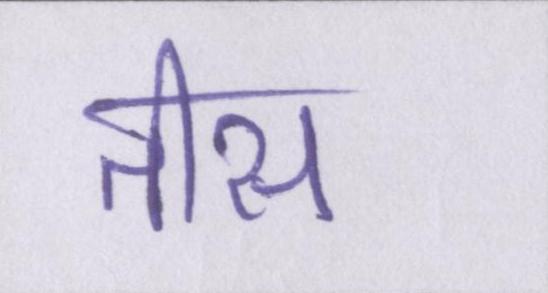
तीस